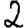
Digit: 2